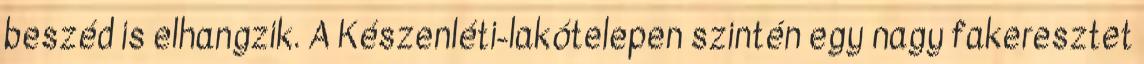
beszéd is elhangzik. A Készenléti-lakótelepen szintén egy nagy fakeresztet